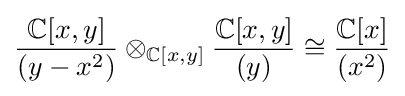
{\frac {\mathbb {C} [x,y]}{(y-x^{2})}}\otimes _{\mathbb {C} [x,y]}{\frac {\mathbb {C} [x,y]}{(y)}}\cong {\frac {\mathbb {C} [x]}{(x^{2})}}